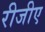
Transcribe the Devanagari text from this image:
रीजीए